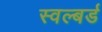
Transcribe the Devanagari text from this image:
स्वल्बर्ड